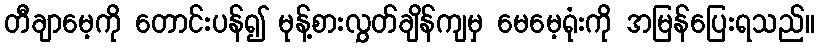
တီချာမေ့ကို တောင်းပန်၍ မုန့်စားလွှတ်ချိန်ကျမှ မေမေ့ရုံးကို အမြန်ပြေးရသည်။